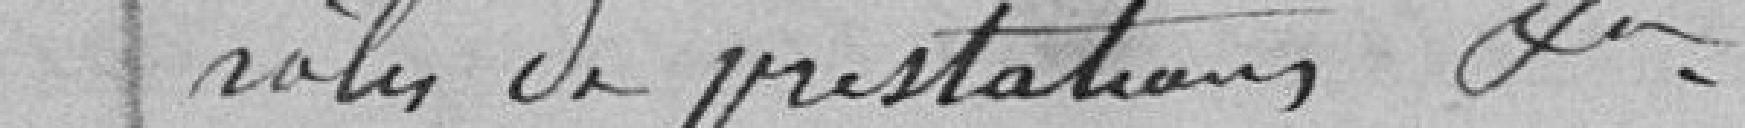
rôles de prestations